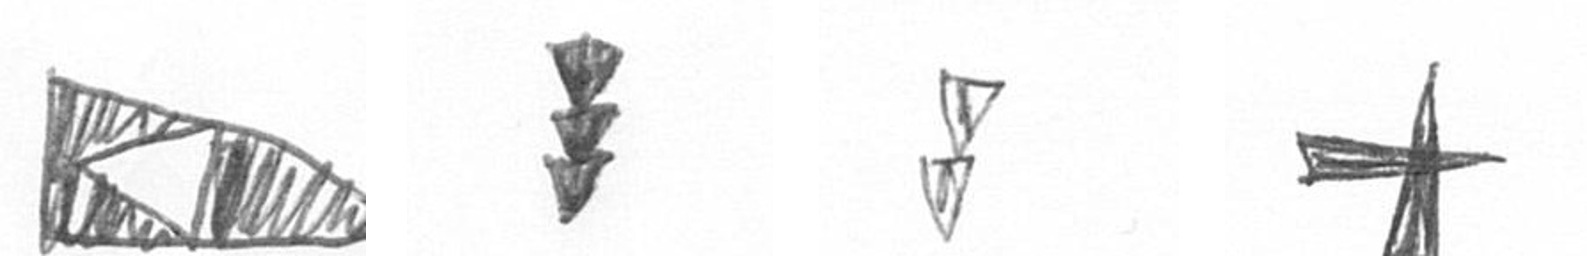
K E Z G